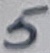
Text: 5